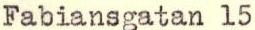
Fabiansgatan 15